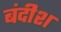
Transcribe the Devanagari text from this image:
बंदीश